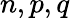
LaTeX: n,p,q